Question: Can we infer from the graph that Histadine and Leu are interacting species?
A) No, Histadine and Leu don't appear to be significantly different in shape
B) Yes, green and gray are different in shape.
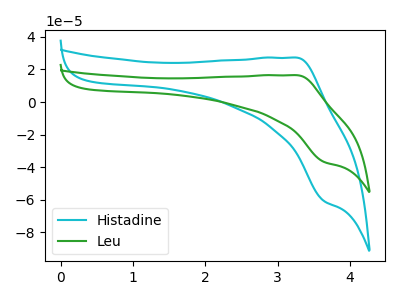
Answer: <think>The cyan curve "Histadine" has an anodic peak at (3.25V, 27.25uA) and a cathodic peak at (3.65V, -60.70uA). The green curve "Leu" has an anodic peak at (3.25V, 16.50uA) and a cathodic peak at (3.65V, -36.75uA).
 All the peaks in "Histadine" have a peak in "Leu" at the same potential. Every peak in "Histadine" is higher than every peak in "Leu".</think>
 <answer>A) No, "Histadine" and "Leu" don't appear to be significantly different in shape</answer>
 <eval>A</eval>